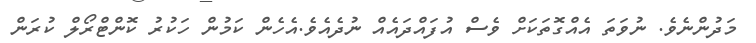
މަދުންނެވެ. ނުވަތަ އެއްގޮތަކަށް ވެސް އުފައްދައެއް ނުދެއެވެ.އެހެން ކަމުން ހަކުރު ކޮންޓްރޯލް ކުރަން